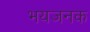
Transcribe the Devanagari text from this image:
भयजनक